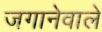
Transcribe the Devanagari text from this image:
जगानेवाले